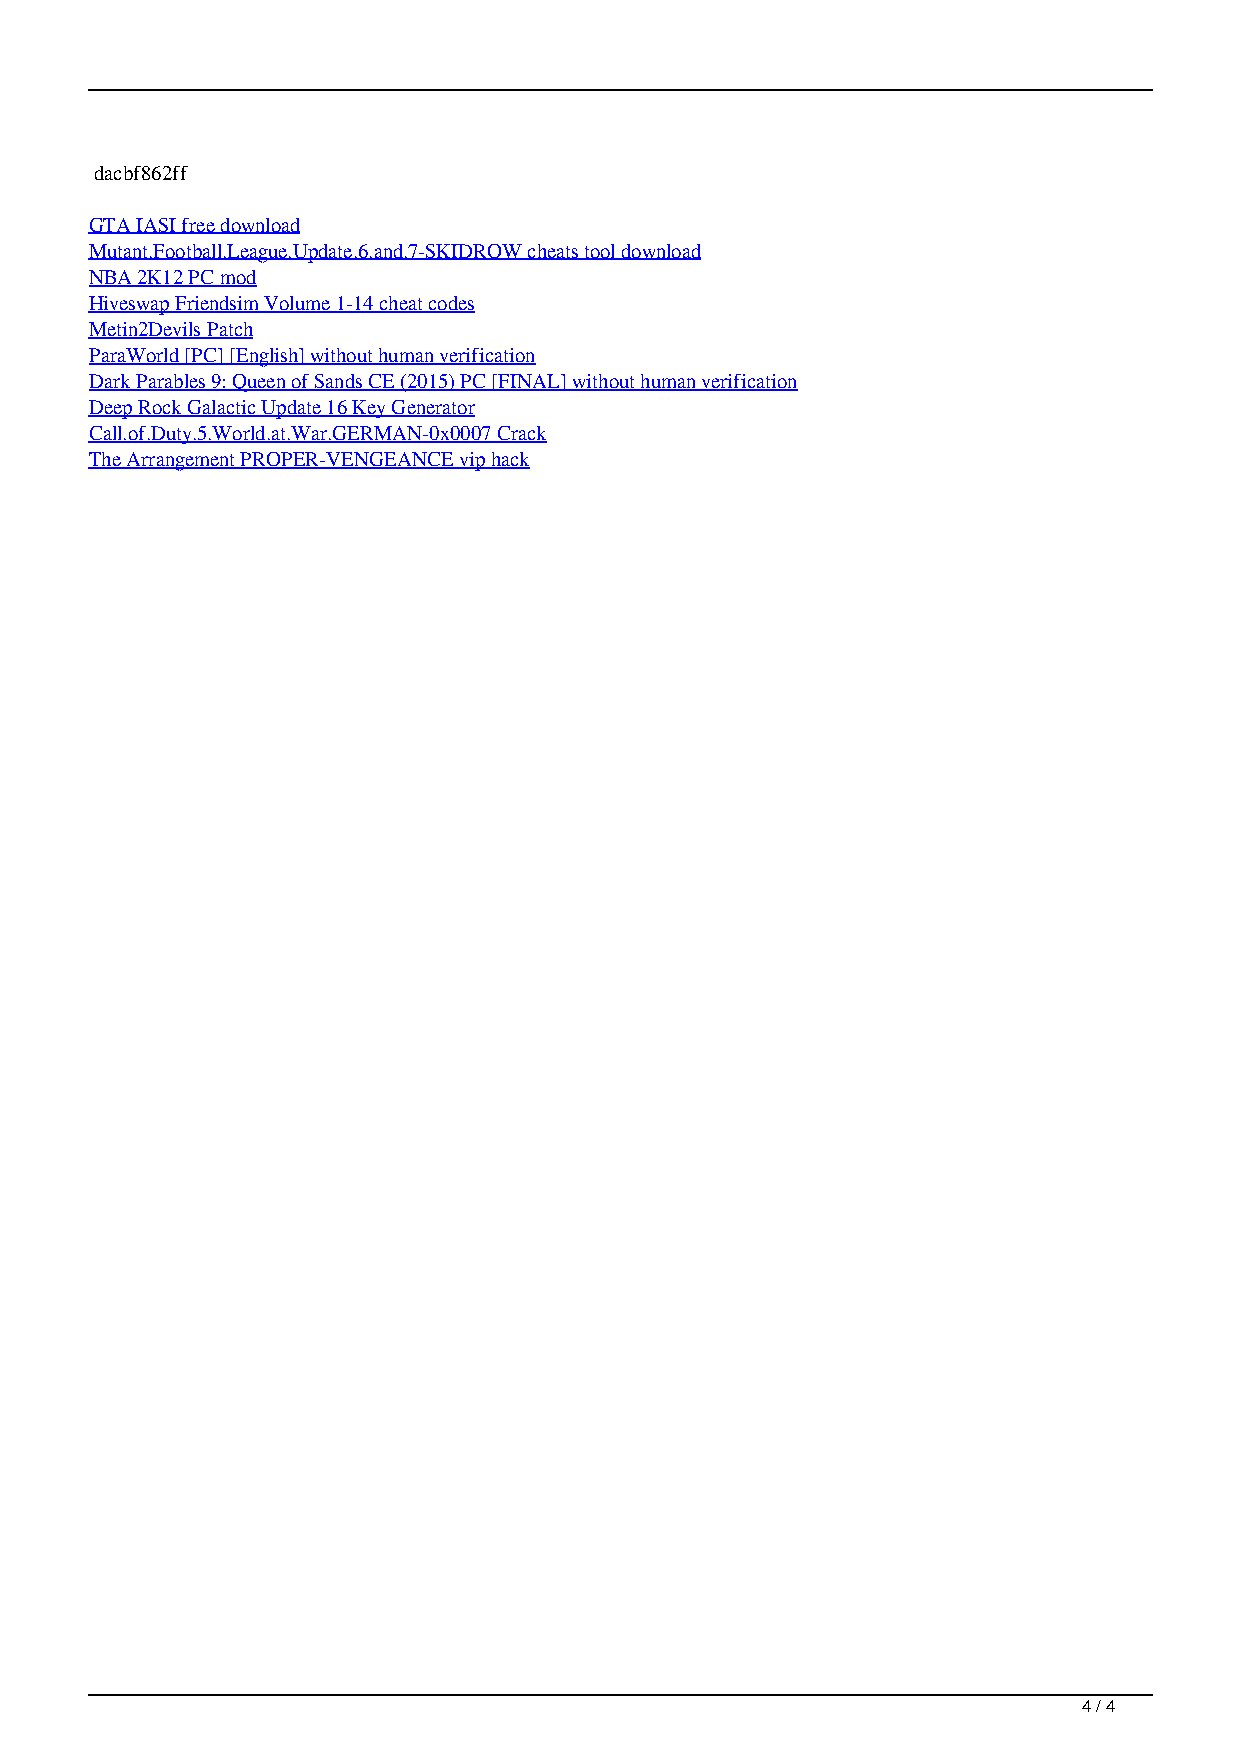
dacbf862ff
 GTA IASI free download
 Mutant.Football.League.Update.6.and.7-SKIDROW cheats tool download
 NBA 2K12 PC mod
 Hiveswap Friendsim Volume 1-14 cheat codes
 Metin2Devils Patch
 ParaWorld [PC] [English] without human verification
 Dark Parables 9: Queen of Sands CE (2015) PC [FINAL] without human verification
 Deep Rock Galactic Update 16 Key Generator
 Call.of.Duty.5.World.at.War.GERMAN-0x0007 Crack
 The Arrangement PROPER-VENGEANCE vip hack
 4 / 4
 GTA Sanandreas Full RIPby SANKET COOL Cheat Codes